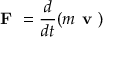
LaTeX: { \textbf { F } } = { \frac { d } { d t } } ( m { \textbf { v } } )